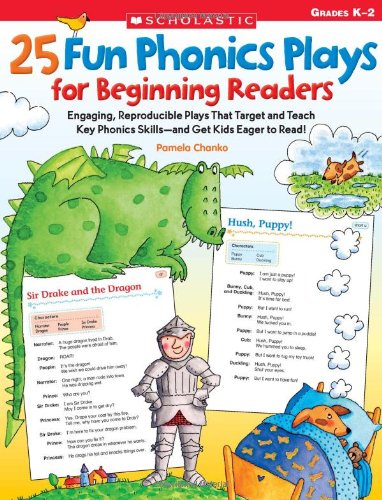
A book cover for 25 Fun Phonics Plays for Beginning Readers: Engaging, Reproducible Plays That Target and Teach Key Phonics Skills-and Get Kids Eager to Read!; Pamela Chanko; Reference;